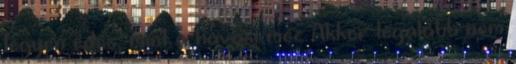
legyen édes, mint a havasi méz Akkor legalább nem